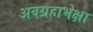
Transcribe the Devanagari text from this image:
अवग्रहाभेक्षा